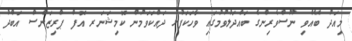
މިއަދު ބޭއްވި ނޫސްވެރިންގެ ބައްދަލުވުމުގައި ވާހަކަފުޅު ދައްކަވަމުން ކޮމިޝަނަރ އޮފް ޕްރިޒަންސް އަބްދު